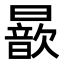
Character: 𣋚